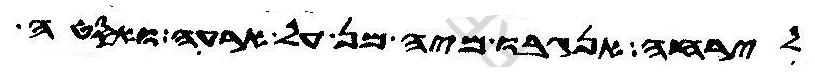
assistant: לירחה אנגבו מיה מן על ארעה ואסטה